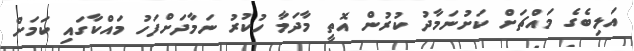
އަލިބެގެ މައްޗަށް ކަށުނަމާދު ކުރުން އޮތީ މާދަމާ ހުކުރު ނަމާދަށްފަހު މައްކާގައި ކަމަށް